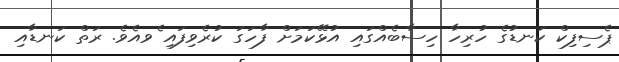
ޕެސިފިކް ކަނޑުގެ ހުރިހާ ހިސާބެއްގައި އުޅޭކަމަށް ފާހަގަ ކުރެވިފައި ެވއެވެ. ރަތް ކަނޑާއި